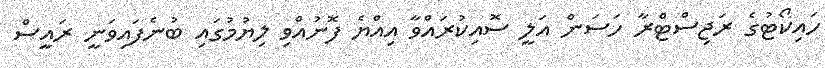
ހައިކޯޓުގެ ރަޖިސްޓްރާ ހަސަން އަލީ ސޮއިކުރައްވާ އިއްޔެ ފޮނުއްވި ލިޔުމުގައި ބުނެފައިވަނީ ރައީސް